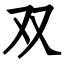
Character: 双